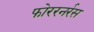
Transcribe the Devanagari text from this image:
फोररनर्रस